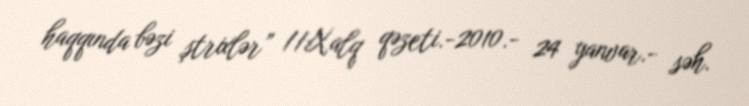
haqqında bəzi ştrixlər” //Xalq qəzeti.-2010.- 24 yanvar.- səh.